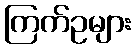
ကြက်ဥများ